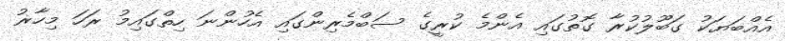
އެއްބަޔަކު ގަބޫލުކުރާ ގޮތުގައި އެންމެ ކުރީގެ ސަބްމެރިންގައި އެހުންނަ ހިތްގައިމު ރަހަ މިހާޜު